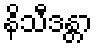
နိသီဒန္တာ